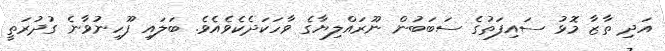
އަދި ތާޒާ މޮޅު ސައިފަތުގެ ސަބަބުން ނޫރައްލިޔާގެ ވާހަކަދެކެވެއެވެ. ބަލައި ފޫހިނުވާނެ ގުދުރަތީ